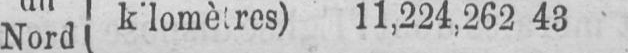
11,224,262 43